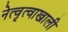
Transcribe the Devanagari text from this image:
नेत्वृत्वाखाली